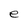
Character: e